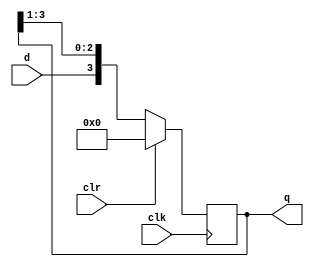

module sipo_bm(clk,clr,d,q);
input clk,d,clr;
output reg [3:0]q;
reg [3:0]tmp;
always@ (posedge clk)
if (clr==1)
q=4'b0000;
else
begin
tmp=q>>1;
q={d,tmp[2:0]};
end
endmodule